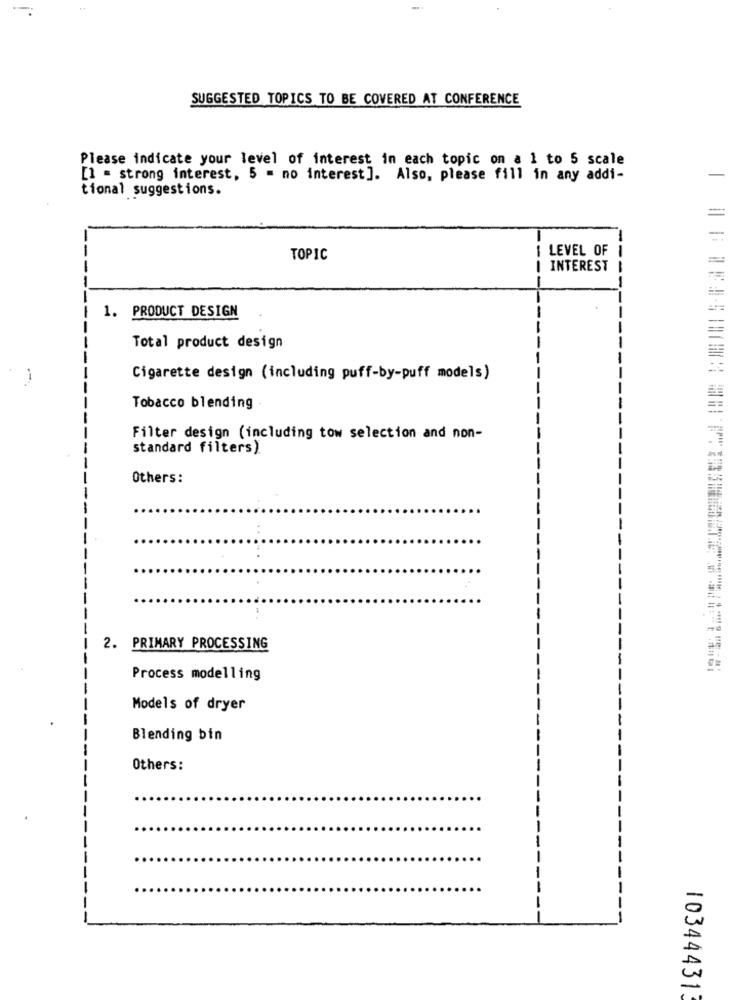
SUGGESTED TOPICS TO BE COVERED AT CONFERENCE
Please indicate your level of interest in each topic on a 1 to 5 scale
[] = strong interest, 5 = no interest]. Also, please fill in any addi-
tional suggestions.
=
-
LEVEL OF
TOPIC
INTEREST
----
1. PRODUCT DESIGN
Total product design
Cigarette design (including puff-by-puff models)
Tobacco blending
Filter design (including tow selection and non-
standard filters)
Others:
5
2. PRIMARY PROCESSING
Process modelling
Models of dryer
Blending bin
Others:
103444313